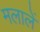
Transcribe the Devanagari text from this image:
मलालें